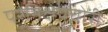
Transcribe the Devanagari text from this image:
परनिक्षेपचोरी